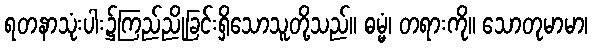
ရတနာသုံးပါး၌ကြည်ညိုခြင်းရှိသောသူတို့သည်။ ဓမ္မံ၊ တရားကို။ သောတုမာမာ၊